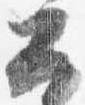
公